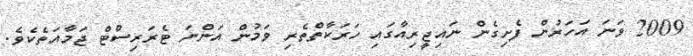
2009 ވަނަ އަހަރުން ފެށިގެން ނައިޖީރިއާގައި ހަރަކާތްތެރި ވަމުން އަންނަ ޓެރަރިސްޓް ޖަމާއަތެކެވެ.